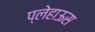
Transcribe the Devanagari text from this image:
प्लेहाऊस